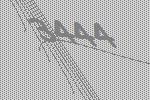
3444